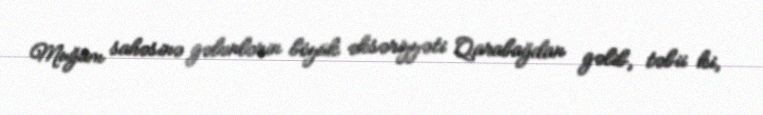
Muğam sahəsinə gələnlərin böyük əksəriyyəti Qarabağdan gəlib, təbii ki,